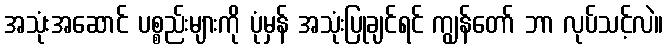
အသုံးအဆောင် ပစ္စည်းများကို ပုံမှန် အသုံးပြုချင်ရင် ကျွန်တော် ဘာ လုပ်သင့်လဲ။